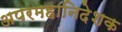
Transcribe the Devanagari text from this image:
अपरमहानिदेशक